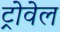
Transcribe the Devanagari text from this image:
ट्रोवेल